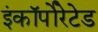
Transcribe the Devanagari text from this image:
इंकॉर्पोरेटेड